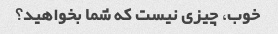
خوب، چیزی نیست که شما بخواهید؟